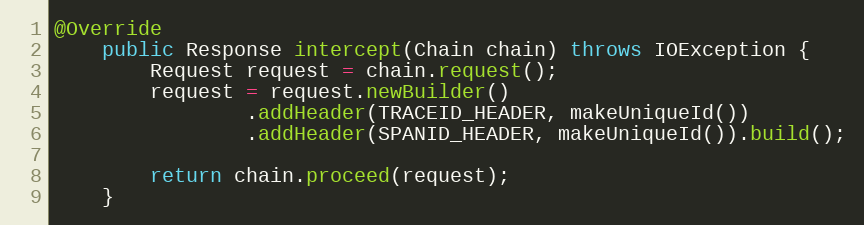
Language: Java
@Override
    public Response intercept(Chain chain) throws IOException {
        Request request = chain.request();
        request = request.newBuilder()
                .addHeader(TRACEID_HEADER, makeUniqueId())
                .addHeader(SPANID_HEADER, makeUniqueId()).build();

        return chain.proceed(request);
    }